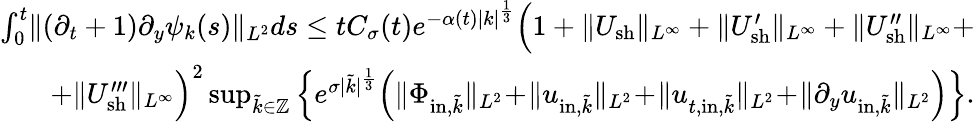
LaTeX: \begin{array}{r}{\int_{0}^{t}\! \| (\partial_{t}+1)\partial_{y}\psi_{k}(s)\| _{L^{2}}ds\leq tC_{\sigma}(t)e^{-\alpha(t)|k|^{\frac{1}{3}}}\Big(1+\| U_{\mathrm{sh}}\| _{L^{\infty}}+\| U_{\mathrm{sh}}^{\prime}\| _{L^{\infty}}+\| U_{\mathrm{sh}}^{\prime\prime}\| _{L^{\infty}}+}\\ {+\| U_{\mathrm{sh}}^{\prime\prime\prime}\| _{L^{\infty}}\Big)^{2}\operatorname*{sup}_{\tilde{k}\in\mathbb Z}\Big\{ e^{\sigma|\tilde{k}|^{\frac{1}{3}}}\Big(\| \Phi_{\mathrm{in},\tilde{k}}\| _{L^{2}}\! +\! \| u_{\mathrm{in},\tilde{k}}\| _{L^{2}}\! +\! \| u_{t,\mathrm{in},\tilde{k}}\| _{L^{2}}\! +\! \| \partial_{y}u_{\mathrm{in},\tilde{k}}\| _{L^{2}}\Big)\Big\} .}\end{array}